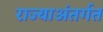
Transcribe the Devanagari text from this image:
राज्याअंतर्गत